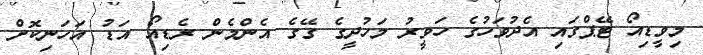
މިވީޑިއޯ ޓޭޕްގައި އެދުވަހުގެ ހަވީރު މަހުދީގެ ގޭގެ އެންމެން ރެޑިއޯ އަޑު އަހަނިކޮށް